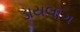
ડાયલૉગ